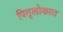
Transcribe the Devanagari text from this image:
पितृलोकात